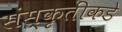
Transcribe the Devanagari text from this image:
संस्कृतींकडे